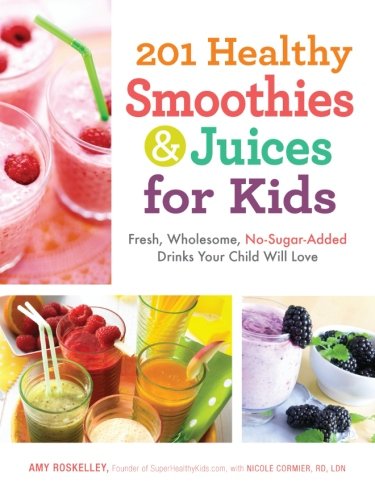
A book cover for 201 Healthy Smoothies & Juices for Kids: Fresh, Wholesome, No-Sugar-Added Drinks Your Child Will Love; Amy Roskelley; Cookbooks, Food & Wine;